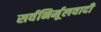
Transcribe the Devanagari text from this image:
सर्वनिर्मूलवादी